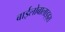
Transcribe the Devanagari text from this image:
बाईलोबालाइड्स